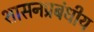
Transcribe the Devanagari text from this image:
शासनप्रबंधीय